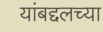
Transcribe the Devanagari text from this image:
यांबद्दलच्या